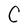
Character: C